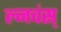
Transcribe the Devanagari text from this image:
ल्नचंस्